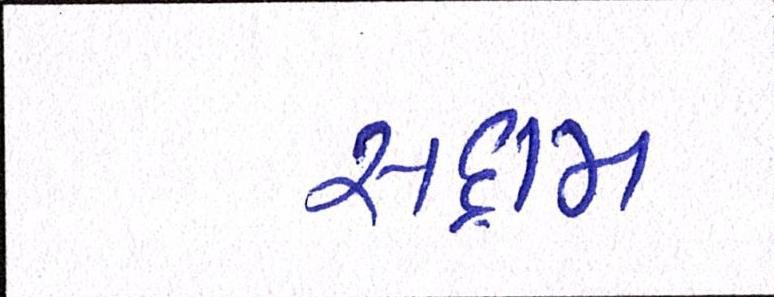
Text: સદ્દામ